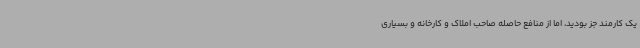
یک کارمند جز بودید، اما از منافع حاصله صاحب املاک و کارخانه و بسیاری